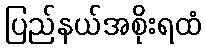
ပြည်နယ်အစိုးရထံ